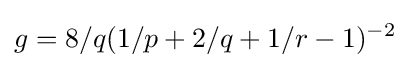
g=8/q(1/p+2/q+1/r-1)^{-2}